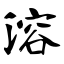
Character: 溶